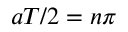
a T / 2 = n \pi